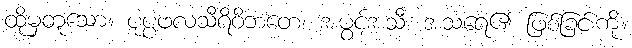
ထိုမှတူသော။ ပုပ္ပဖလသီရိဝိဘတေ၊ အပွင့်အသီး အသရေ၏ ဖြစ်ခြင်းကို။